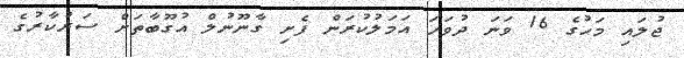
ޖުލައި މަހުގެ 16 ވަނަ ދުވަހަ އަމަލުކުރަން ފެށި ގާނޫނުލް އުގޫބާތަށް ސަރުކާރުގެ